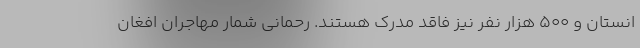
انستان و 500 هزار نفر نیز فاقد مدرک هستند. رحمانی شمار مهاجران افغان